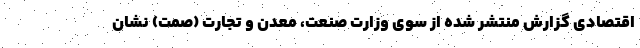
اقتصادی گزارش منتشر شده از سوی وزارت صنعت، معدن و تجارت (صمت) نشان